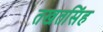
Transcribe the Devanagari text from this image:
तखतसिंह